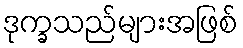
ဒုက္ခသည်များအဖြစ်